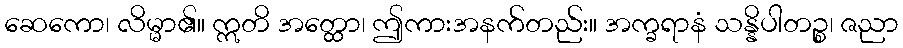
ဆေကော၊ လိမ္မာ၏။ ဣတိ အတ္ထော၊ ဤကားအနက်တည်း။ အက္ခရာနံ သန္နိပါတဉ္စ၊ ဇညာ